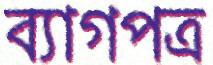
ব্যাগপত্র